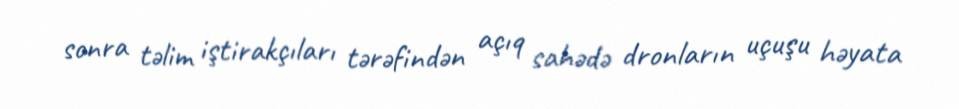
sonra təlim iştirakçıları tərəfindən açıq sahədə dronların uçuşu həyata